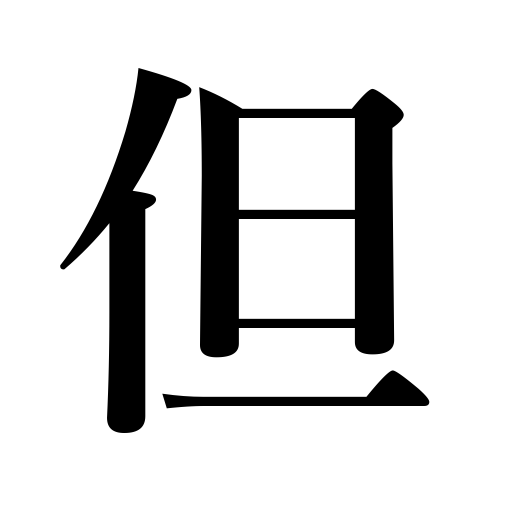
Meanings: excepting that,but,however